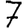
Digit: 7